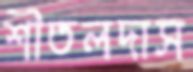
শীতলদাস